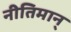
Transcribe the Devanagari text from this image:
नीतिमान्